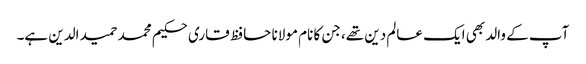
آپ کے والد بھی ایک عالم دین تھے، جن کا نام مولانا حافظ قاری حکیم محمد حمید الدین ہے۔